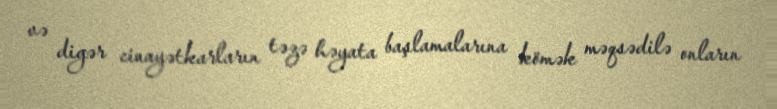
və digər cinayətkarların təzə həyata başlamalarına kömək məqsədilə onların